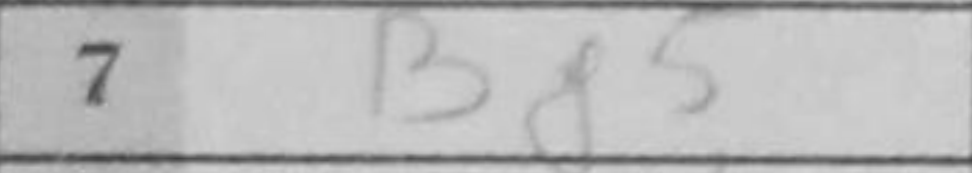
Transcription: Bf5